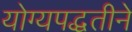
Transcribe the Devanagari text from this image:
योग्यपद्धतीने